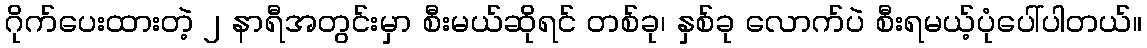
ဂိုက်ပေးထားတဲ့ ၂ နာရီအတွင်းမှာ စီးမယ်ဆိုရင် တစ်ခု၊ နှစ်ခု လောက်ပဲ စီးရမယ့်ပုံပေါ်ပါတယ်။